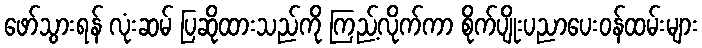
ဖော်သွားရန် လုံးဆမ် ပြဆိုထားသည်ကို ကြည့်လိုက်ကာ စိုက်ပျိုးပညာပေးဝန်ထမ်းများ